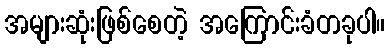
အများဆုံးဖြစ်စေတဲ့ အကြောင်းခံတခုပါ။